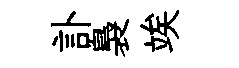
訃裊竢